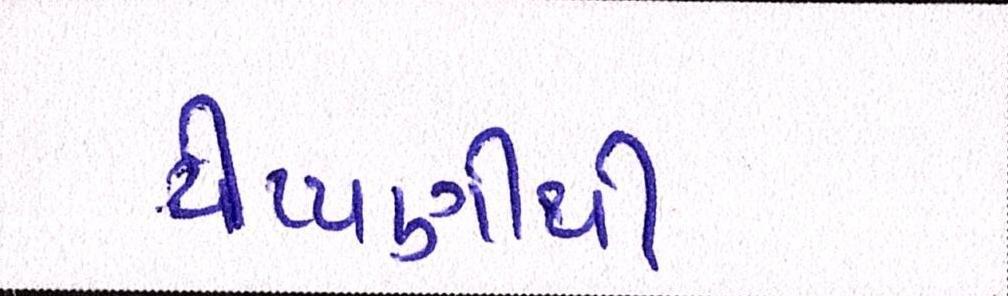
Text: ટીપ્પણીથી